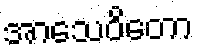
အာသေဝိတော